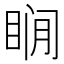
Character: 𰥨